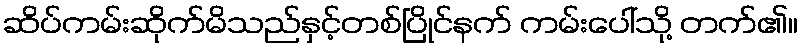
ဆိပ်ကမ်းဆိုက်မိသည်နှင့်တစ်ပြိုင်နက် ကမ်းပေါ်သို့ တက်၏။